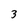
Character: 3